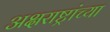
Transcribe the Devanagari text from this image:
अक्षराष्ट्रांच्या